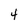
Character: 4